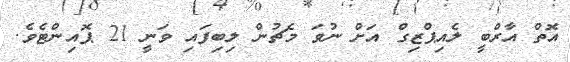
އޮތް އާރްބީ ލެއިޕްޒިގް އަށް ނުވަ މެޗުން ލިބިފައި ވަނީ 21 ޕޮއިންޓެވެ.